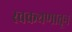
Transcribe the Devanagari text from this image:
स्वकथणातून